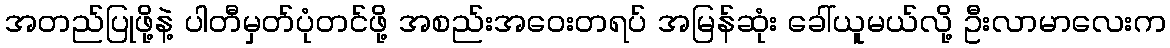
အတည်ပြုဖို့နဲ့ ပါတီမှတ်ပုံတင်ဖို့ အစည်းအဝေးတရပ် အမြန်ဆုံး ခေါ်ယူမယ်လို့ ဦးလာမာလေးက